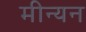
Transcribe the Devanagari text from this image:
मीन्यन